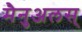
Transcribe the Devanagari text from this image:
मैनुअलस्